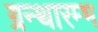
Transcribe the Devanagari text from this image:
ग्रन्थारम्भ